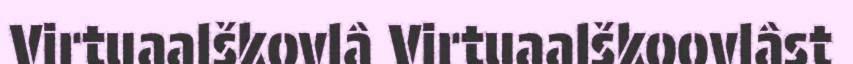
Virtuaalškovlâ Virtuaalškoovlâst